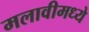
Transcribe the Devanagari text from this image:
मलावीमध्ये